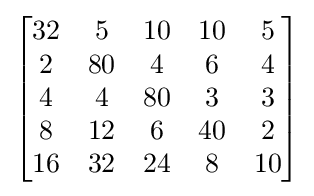
{\begin{bmatrix}{\begin{matrix}32&5&10&10&5\\2&80&4&6&4\\4&4&80&3&3\\8&12&6&40&2\\16&32&24&8&10\end{matrix}}\end{bmatrix}}